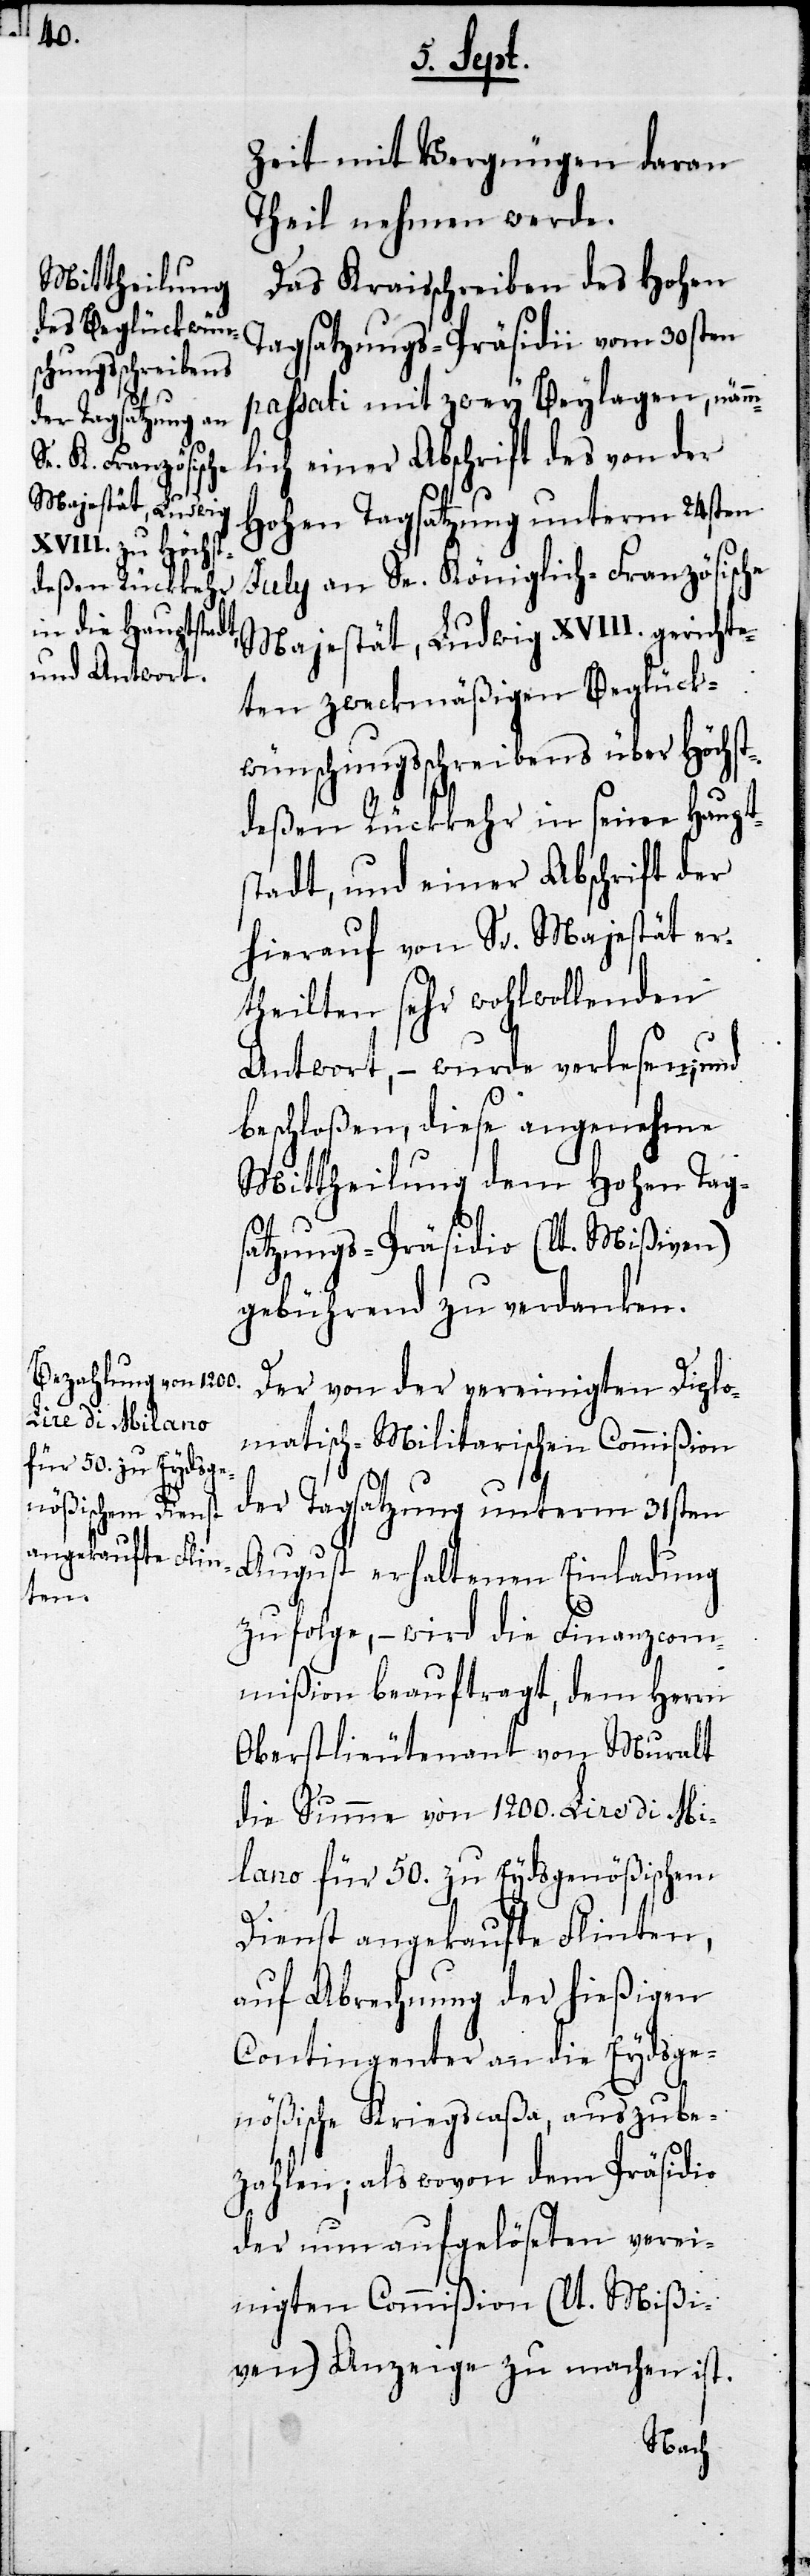
Zeit mit Vergnügen daran
Theil nehmen werde.
Das Kraisschreiben des Hohen
Tagsatzungs-Präsidii vom 30sten
paßati mit zwey Beylagen, nämm¬
lich einer Abschrift des von der
Hohen Tagsatzung unterm 24sten
July an Se. Königlich-Französische
Majestät, Ludwig XVIII. gerichte¬
ten zweckmäßigen Beglück¬
wünschungsschreibens über Höchst¬
deßen Rückkehr in seine Haupt¬
stadt, und einer Abschrift der
hierauf von Sr. Majestät er¬
theilten sehr wohlwollenden
Antwort, – wird verlesen, und
eschloßen, diese angenehme
Mittheilung dem Hohen Tag¬
satzungs-Präsidio (lt. Mißiven)
gebührend zu verdanken.
Der von der vereinigten Diplo¬
matisch-Militarischen Commißion
der Tagsatzung unterm 31sten
August erhaltenen Einladung
zufolge, – wird die Finanzcom¬
mißion beauftragt, dem Herrn
Oberstlieutenant von Muralt
die Summe von 1200. Lire di Mi¬
lano für 50. zu Eydsgenößischem
b¬
Dienst angekaufte Flinten,
auf Abrechnung der hießigen
Contingenter an die Eydsge¬
nößiche Kriegscaßa, auszube¬
zahlen; als wovon dem Präsidio
der nun aufgelösten verei¬
nigten Commißion (lt. Mißi¬
ven) Anzeige zu machen ist.